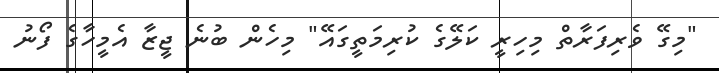
"މިގޭ ވެރިފަރާތް މިހިރީ ކަލޭގެ ކުރިމަތީގައޭ" މިހެން ބުނެ ޖީޒާ އެމީހާގެ ފޯނު